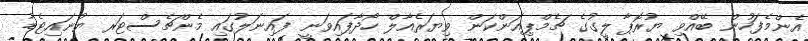
އެންމެފަހުން ބޭއްވި ޔުރޮޕާ ލީގުގެ ޗެމްޕިއަންކަން ވިޔަރެއާލް ހޯދާފައިވަނީ ފައިނަލުގައި މެންޗެސްޓަރ ޔުނައިޓެޑު